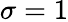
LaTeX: \sigma=1